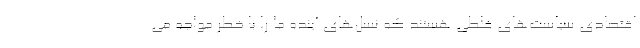
اقتصادی سیاست‌های غلطی هستند که نسل‌های آینده ما را با خطر مواجه می